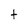
Character: t